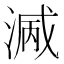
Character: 𣺭